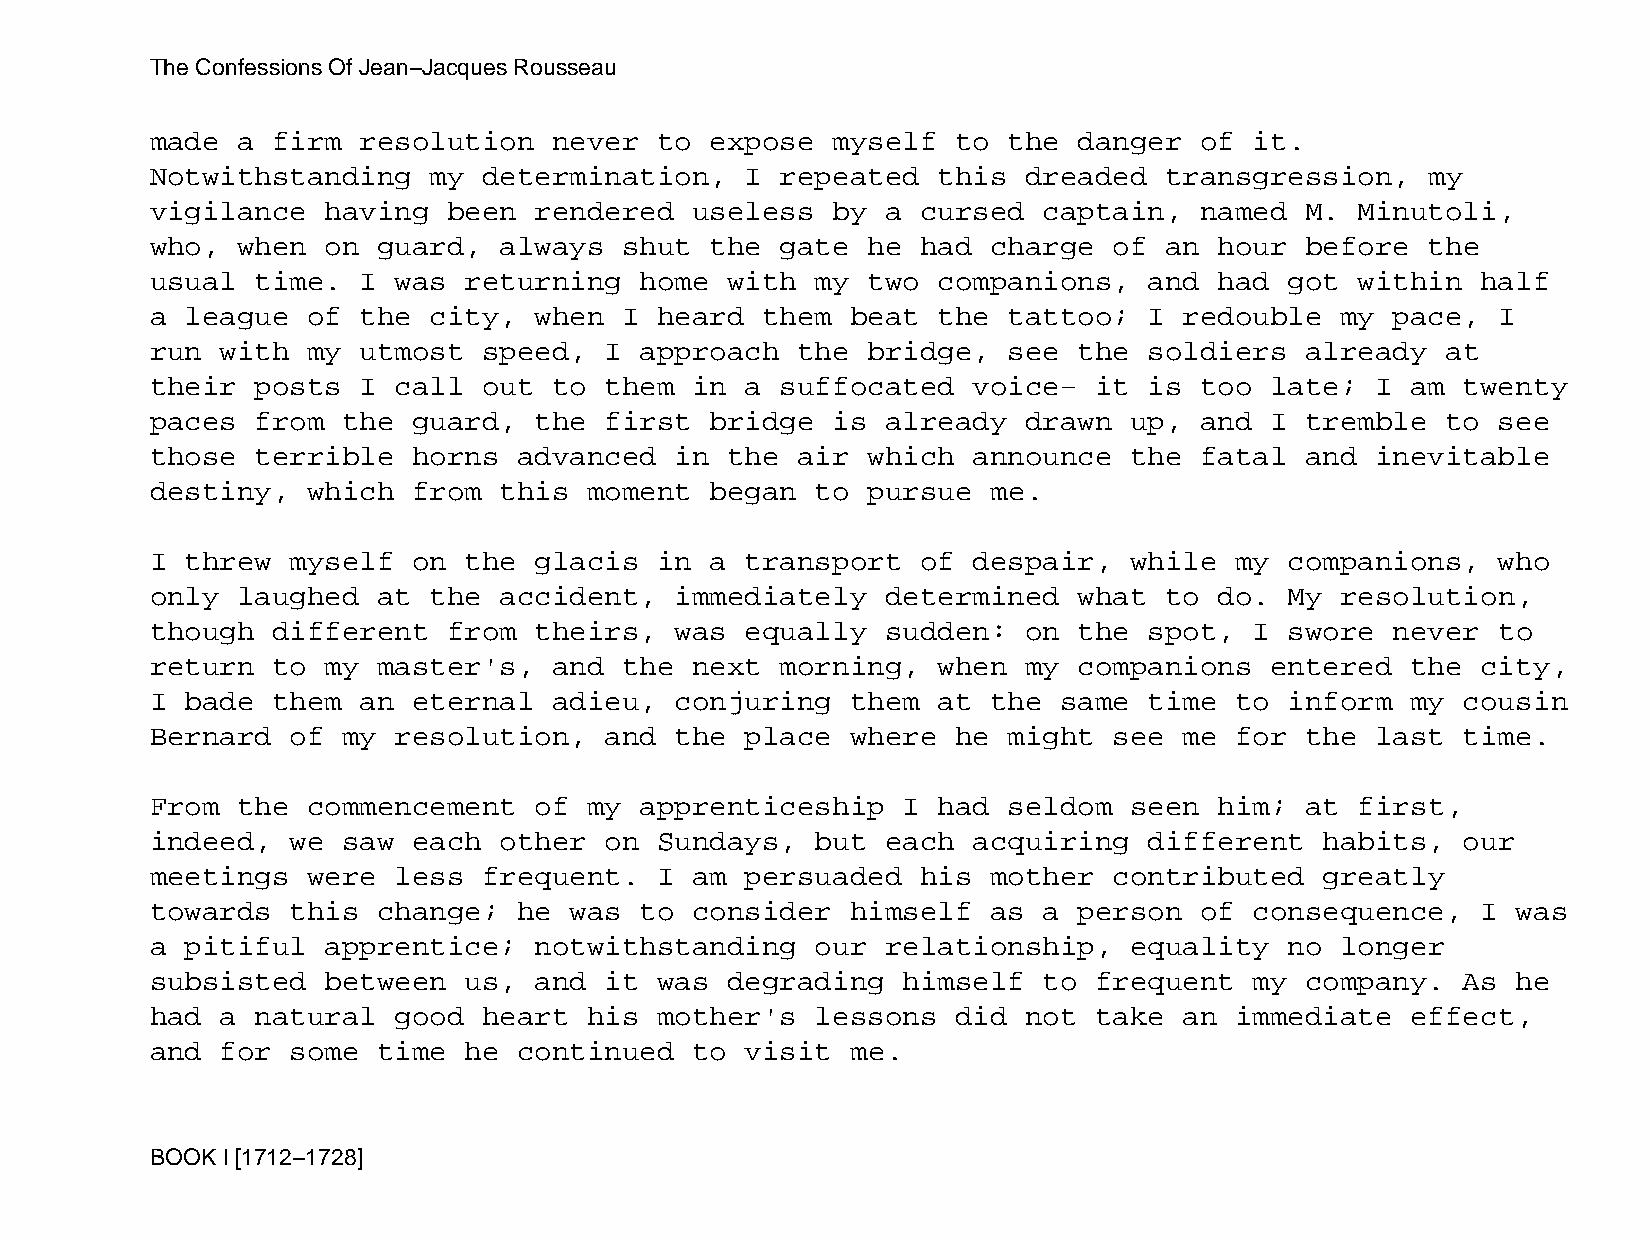
The Confessions Of Jean−Jacques Rousseau
 made  a firm  resolution   never  to expose  myself  to  the danger  of  it.
 Notwithstanding   my  determination,   I  repeated  this  dreaded  transgression,    my
 vigilance   having  been rendered   useless  by  a cursed  captain,  named  M.  Minutoli,
 who,  when  on guard,  always  shut  the  gate he  had  charge  of an  hour before   the
 usual  time.  I was  returning  home  with  my two  companions,   and  had got  within  half
 a league  of  the city,  when  I  heard them  beat  the  tattoo;  I redouble   my pace,  I
 run  with my  utmost  speed,  I approach   the bridge,   see the  soldiers  already   at
 their  posts  I call  out  to them  in a  suffocated  voice−  it  is too  late;  I am  twenty
 paces  from  the guard,  the  first  bridge  is  already  drawn  up, and  I tremble   to see
 those  terrible  horns  advanced   in the  air which  announce   the fatal  and  inevitable
 destiny,  which  from  this  moment  began  to pursue   me.
 I threw  myself  on  the glacis   in a transport   of despair,   while  my companions,   who
 only  laughed  at the  accident,   immediately   determined  what  to  do. My  resolution,
 though  different   from theirs,   was equally   sudden:  on the  spot,  I swore  never  to
 return  to  my master's,   and the  next  morning,  when  my companions   entered  the  city,
 I bade  them  an eternal   adieu,  conjuring  them  at  the same  time  to inform  my  cousin
 Bernard  of  my resolution,   and  the place  where  he  might  see me  for the  last  time.
 From  the commencement   of  my apprenticeship    I had  seldom  seen  him; at  first,
 indeed,  we  saw each  other  on  Sundays,  but  each acquiring   different   habits,  our
 meetings  were  less  frequent.   I am persuaded   his  mother  contributed   greatly
 towards  this  change;  he  was to  consider  himself   as a person  of  consequence,   I was
 a pitiful   apprentice;  notwithstanding    our  relationship,   equality  no  longer
 subsisted   between  us, and  it  was degrading   himself  to frequent   my company.   As he
 had  a natural  good  heart  his  mother's  lessons  did  not take  an  immediate  effect,
 and  for some  time  he continued   to visit  me.
 BOOK I [1712−1728]